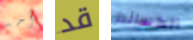
أحد قد الكساندر